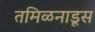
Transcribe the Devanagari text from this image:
तमिळनाडूस